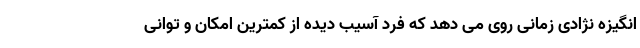
انگیزه نژادی زمانی روی می دهد که فرد آسیب دیده از کمترین امکان و توانی